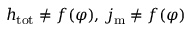
h _ { \mathrm { t o t } } \neq f ( \varphi ) , \, j _ { \mathrm { m } } \neq f ( \varphi )